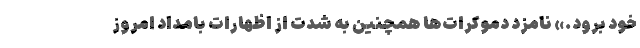
خود برود.» نامزد دموکرات‌ها همچنین به شدت از اظهارات بامداد امروز